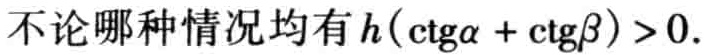
不论哪种情况均有\(h(\mathrm{ctg}\alpha + \mathrm{ctg}\beta ) > 0\).